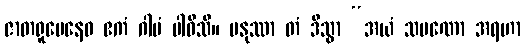
ဇာတရူပေနေဝ ဧကံ ဂါမံ ပါဝိသိ။ မနုဿာ တံ ဒိသွာ “အယံ သမဏော အရဟာ